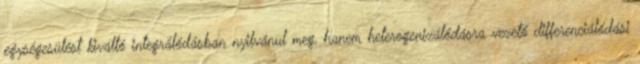
egységesülést kiváltó integrálódásban nyilvánul meg, hanem heterogenizálódásra vezető differenciálódási